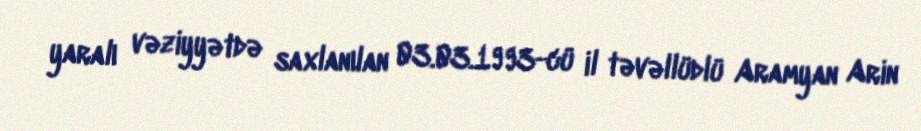
yaralı vəziyyətdə saxlanılan 03.03.1993-cü il təvəllüdlü Aramyan Arin